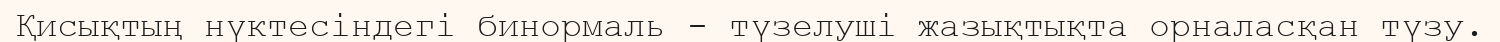
Қисықтың нүктесіндегі бинормаль - түзелуші жазықтықта орналасқан түзу.